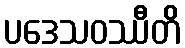
ပဒေသဝဿီတိ